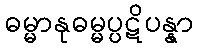
ဓမ္မာနုဓမ္မပ္ပဋိပန္နာ